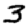
Digit: 3